DOW-UAP-D48, Department of the Air Force Report, 1996
Agency: Department of War
Incident date: 9/10/96
Page 27
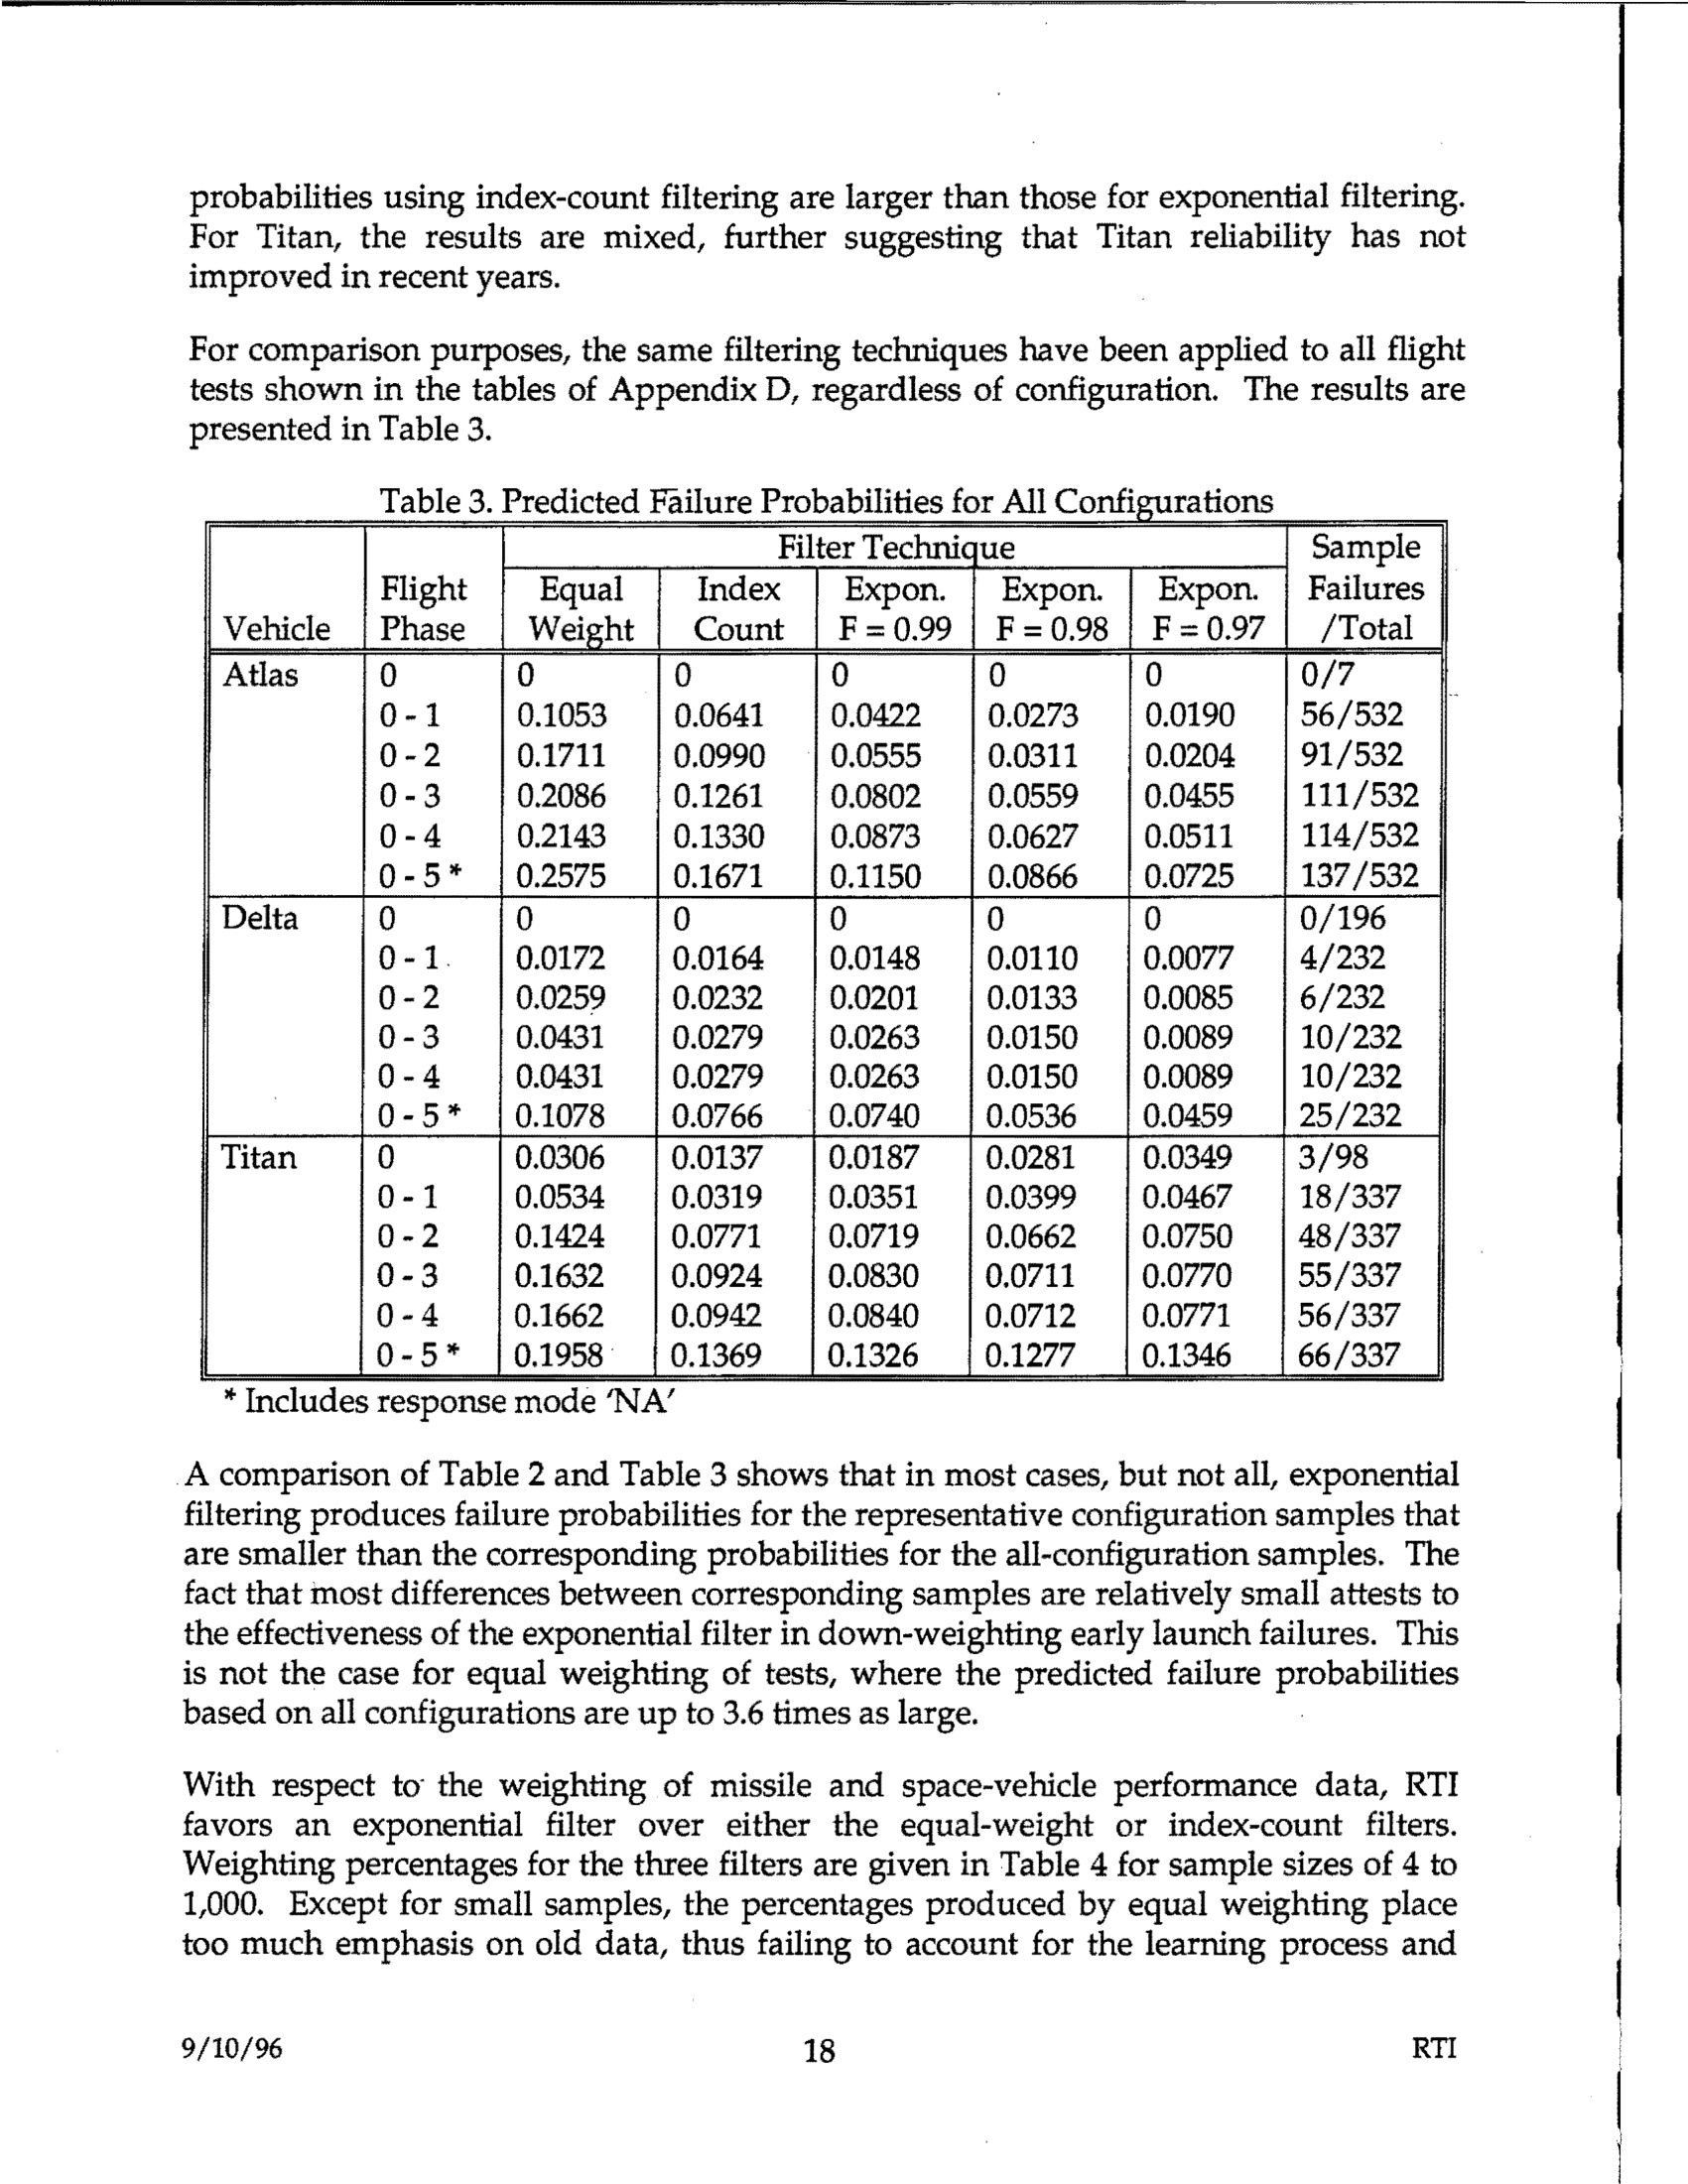